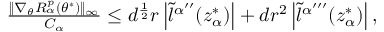
\begin{array} { r } { \frac { \| \nabla _ { \theta } R _ { \alpha } ^ { p } ( \theta ^ { * } ) \| _ { \infty } } { C _ { \alpha } } \leq d ^ { \frac { 1 } { 2 } } r \left| \tilde { l } ^ { \alpha ^ { \prime \prime } } ( z _ { \alpha } ^ { * } ) \right| + d r ^ { 2 } \left| \tilde { l } ^ { \alpha ^ { \prime \prime \prime } } ( z _ { \alpha } ^ { * } ) \right| , } \end{array}